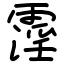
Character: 霪